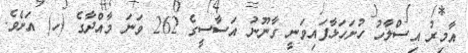
އާމިރު އިސްލާހު ހުށަހަޅާފައިވަނީ ގާނޫނު އަސާސީގެ 262 ވަނަ މާއްދާގެ (ހ) އަށެވެ.